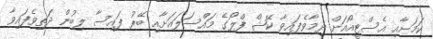
ކަމަށާއި އެސްޓީއޯއަށް ދިމާވެފައިވާ ކޭޝް ފްލޯގެ މައްސަލައަށާއި ބޭރު ފައިސާ ލިބުން ދަތިވެފައިވާ